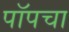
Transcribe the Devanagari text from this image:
पॉपचा